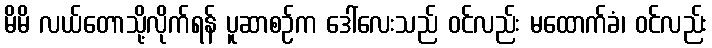
မိမိ လယ်တောသို့လိုက်ရန် ပူဆာစဉ်က ဒေါ်လေးသည် ဝင်လည်း မထောက်ခံ၊ ဝင်လည်း